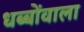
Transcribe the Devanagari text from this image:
धब्बोंवाला